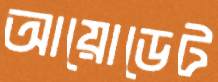
আয়োডেট